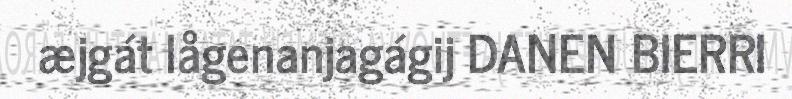
æjgát lågenanjagágij DANEN BIERRI